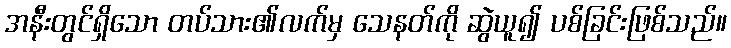
အနီးတွင်ရှိသော တပ်သား၏လက်မှ သေနတ်ကို ဆွဲယူ၍ ပစ်ခြင်းဖြစ်သည်။